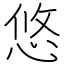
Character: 悠